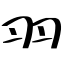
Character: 羽